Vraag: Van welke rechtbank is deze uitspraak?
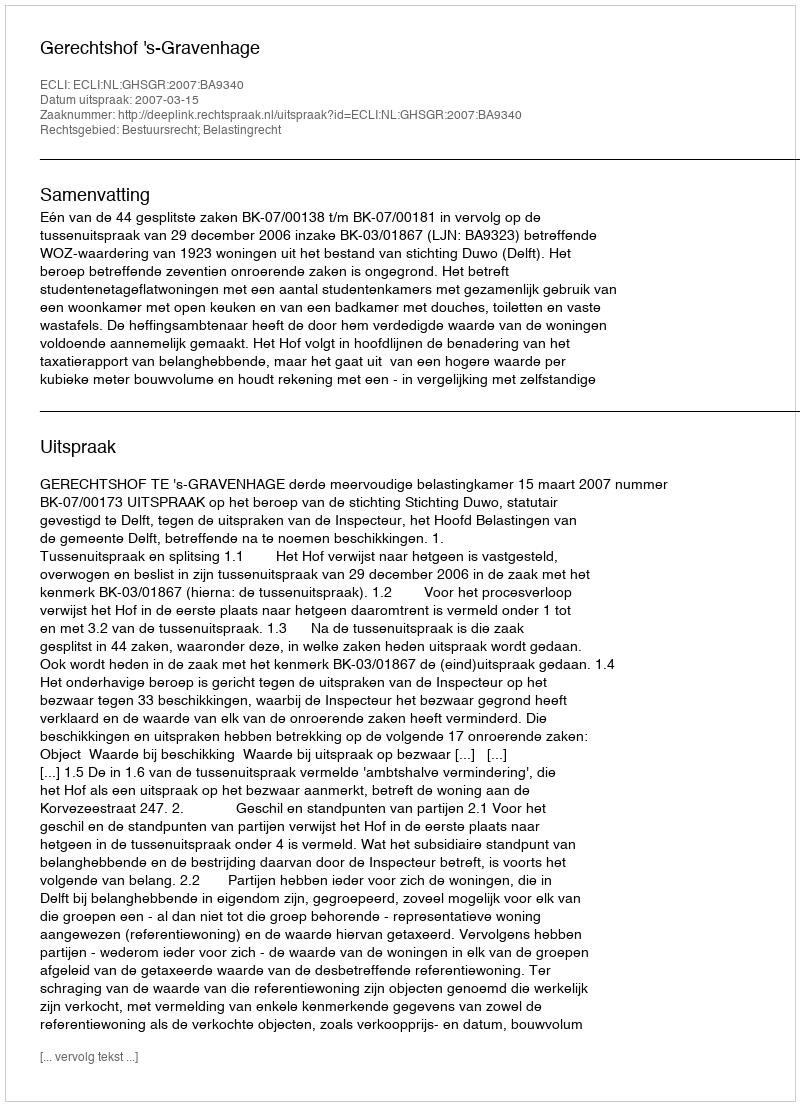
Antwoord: Gerechtshof 's-Gravenhage